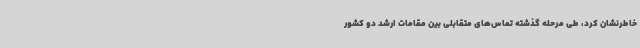
خاطرنشان کرد، طی مرحله گذشته تماس‌های متقابلی بین مقامات ارشد دو کشور